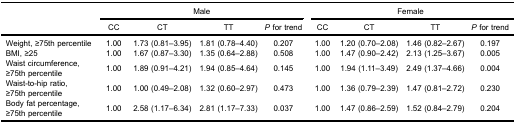
<table><thead><tr><td><b> </b></td><td colspan="4"><b>Male</b></td><td colspan="4"><b>Female</b></td></tr><tr><td><b> </b></td><td><b>CC</b></td><td><b>CT</b></td><td><b>TT</b></td><td><b><i>P</i> for trend</b></td><td><b>CC</b></td><td><b>CT</b></td><td><b>TT</b></td><td><b><i>P</i> for trend</b></td></tr></thead><tbody><tr><td>Weight, ≥75th percentile</td><td>1.00</td><td>1.73 (0.81–3.95)</td><td>1.81 (0.78–4.40)</td><td>0.207</td><td>1.00</td><td>1.20 (0.70–2.08)</td><td>1.46 (0.82–2.67)</td><td>0.197</td></tr><tr><td>BMI, ≥25</td><td>1.00</td><td>1.67 (0.87–3.30)</td><td>1.35 (0.64–2.88)</td><td>0.508</td><td>1.00</td><td>1.47 (0.90–2.42)</td><td>2.13 (1.25–3.67)</td><td>0.005</td></tr><tr><td>Waist circumference,  ≥75th percentile</td><td>1.00</td><td>1.89 (0.91–4.21)</td><td>1.94 (0.85–4.64)</td><td>0.145</td><td>1.00</td><td>1.94 (1.11–3.49)</td><td>2.49 (1.37–4.66)</td><td>0.004</td></tr><tr><td>Waist-to-hip ratio,  ≥75th percentile</td><td>1.00</td><td>1.00 (0.49–2.08)</td><td>1.32 (0.60–2.97)</td><td>0.473</td><td>1.00</td><td>1.36 (0.79–2.39)</td><td>1.47 (0.81–2.72)</td><td>0.230</td></tr><tr><td>Body fat percentage,  ≥75th percentile</td><td>1.00</td><td>2.58 (1.17–6.34)</td><td>2.81 (1.17–7.33)</td><td>0.037</td><td>1.00</td><td>1.47 (0.86–2.59)</td><td>1.52 (0.84–2.79)</td><td>0.204</td></tr></tbody></table>